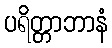
ပရိတ္တာဘာနံ